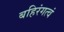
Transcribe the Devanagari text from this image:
बहिरंगत्वं